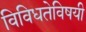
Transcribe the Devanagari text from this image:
विविधतेविषयी